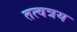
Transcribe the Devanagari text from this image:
तत्वत्रय